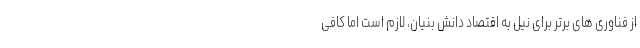
از فناوری­ های برتر برای نیل به اقتصاد دانش ‌بنیان، لازم است اما کافی